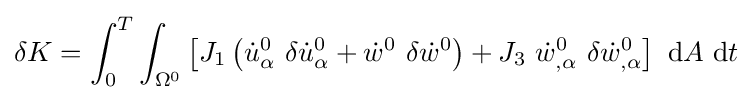
\delta K=\int _{0}^{T}\int _{\Omega ^{0}}\left[J_{1}\left({\dot {u}}_{\alpha }^{0}~\delta {\dot {u}}_{\alpha }^{0}+{\dot {w}}^{0}~\delta {\dot {w}}^{0}\right)+J_{3}~{\dot {w}}_{,\alpha }^{0}~\delta {\dot {w}}_{,\alpha }^{0}\right]~\mathrm {d} A~\mathrm {d} t